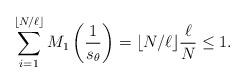
LaTeX: \begin{align*}\sum_{i=1}^{\lfloor N/\ell\rfloor}M_1\left(\frac{1}{s_\theta}\right)=\lfloor N/\ell\rfloor\frac{\ell}{N}\leq 1.\end{align*}